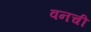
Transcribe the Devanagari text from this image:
वनची